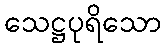
သေဋ္ဌပုရိသော